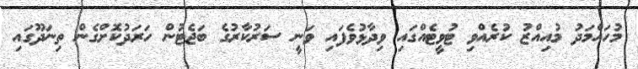
މުހައްމަދު މުއިއްޒު ކުރެއްވި ޓުވީޓެއްގައި ވިދާޅުވެފައި ވަނީ ސަރުކާރުގެ ބަޖެޓުން ހަރަދުކޮށްގެން ތިނަދޫގައި